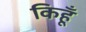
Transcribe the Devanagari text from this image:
किहूँ